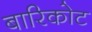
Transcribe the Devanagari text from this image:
बारिकोट